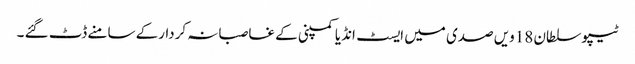
ٹیپو سلطان 18ویں صدی میں ایسٹ انڈیا کمپنی کے غاصبانہ کردارکے سامنے ڈٹ گئے ۔